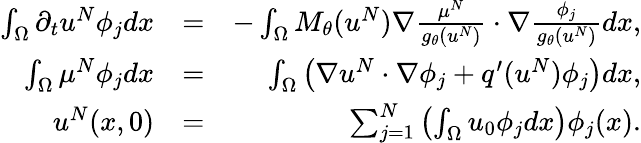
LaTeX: \begin{array}{rlr}{\int_{\Omega}\partial_{t}u^{N}\phi_{j}dx}&{=}&{-\int_{\Omega}M_{\theta}(u^{N})\nabla\frac{\mu^{N}}{g_{\theta}(u^{N})}\cdot\nabla\frac{\phi_{j}}{g_{\theta}(u^{N})}dx,}\\ {\int_{\Omega}\mu^{N}\phi_{j}dx}&{=}&{\int_{\Omega}\left(\nabla u^{N}\cdot\nabla\phi_{j}+q^{\prime}(u^{N})\phi_{j}\right)dx,}\\ {u^{N}(x,0)}&{=}&{\sum_{j=1}^{N}\left(\int_{\Omega}u_{0}\phi_{j}dx\right)\phi_{j}(x).}\end{array}